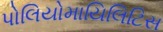
પોલિયોમાયિલિટિસ